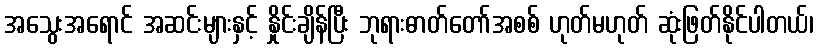
အသွေးအရောင် အဆင်းများနှင့် နှိုင်းချိန်ပြီး ဘုရားဓာတ်တော်အစစ် ဟုတ်မဟုတ် ဆုံးဖြတ်နိုင်ပါတယ်၊